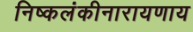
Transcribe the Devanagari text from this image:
निष्कलंकीनारायणाय